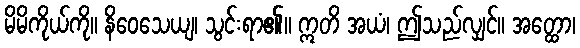
မိမိကိုယ်ကို။ နိဝေသေယျ၊ သွင်းရာ၏။ ဣတိ အယံ၊ ဤသည်လျှင်။ အတ္ထော၊